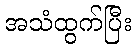
အသံထွက်ပြီး